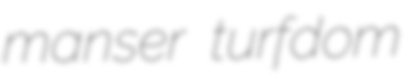
manser turfdom